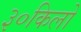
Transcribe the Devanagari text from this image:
३०किलो